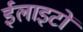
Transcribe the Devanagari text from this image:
ईलाइटों